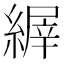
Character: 𦃘